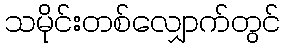
သမိုင်းတစ်လျှောက်တွင်